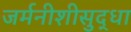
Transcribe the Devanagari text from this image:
जर्मनीशीसुद्धा